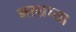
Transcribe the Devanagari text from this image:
मलाच्या